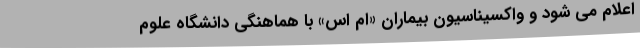
اعلام می شود و واکسیناسیون بیماران «ام اس» با هماهنگی دانشگاه علوم